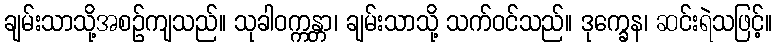
ချမ်းသာသို့အစဉ်ကျသည်။ သုခါဝက္ကန္တာ၊ ချမ်းသာသို့ သက်ဝင်သည်။ ဒုက္ခေန၊ ဆင်းရဲသဖြင့်။